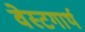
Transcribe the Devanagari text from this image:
वेस्टगार्थ